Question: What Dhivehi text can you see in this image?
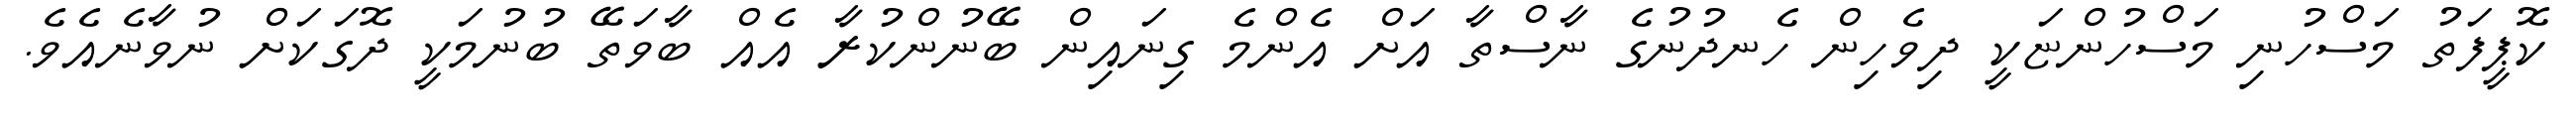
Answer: ކޮޕީފަތު މަސްހުނި މަސްހުންޏަކީ ދިވެހިން ހެނދުނުގެ ނާސްތާ އަށް އެންމެ ގިނައިން ބޭނުންކުރާ އެއް ބާވަތޭ ބުނުމަކީ ދޮގަކަށް ނުވާނެއެވެ.